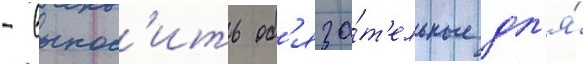
- вынос'ить об'яза́т'ельные дл'я́